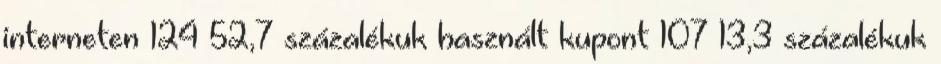
interneten 124 52,7 százalékuk használt kupont 107 13,3 százalékuk